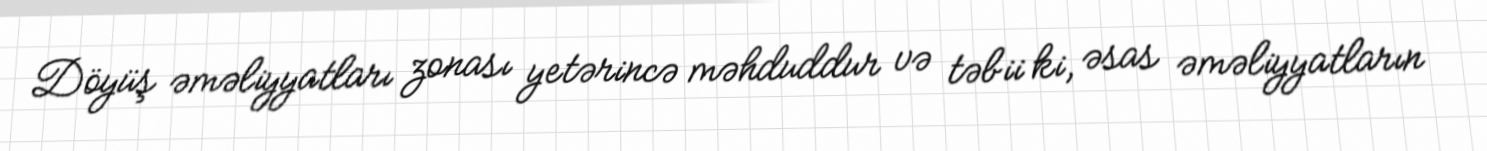
Döyüş əməliyyatları zonası yetərincə məhduddur və təbii ki, əsas əməliyyatların